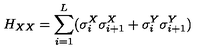
H _ { X X } = \sum _ { i = 1 } ^ { L } ( \sigma _ { i } ^ { X } \sigma _ { i + 1 } ^ { X } + \sigma _ { i } ^ { Y } \sigma _ { i + 1 } ^ { Y } )